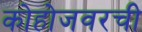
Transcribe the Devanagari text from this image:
कोहोजवरची